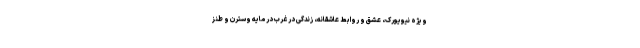
ویژه نیویورک، عشق و روابط عاشقانه، زندگی در غرب در مایه وسترن و طنز